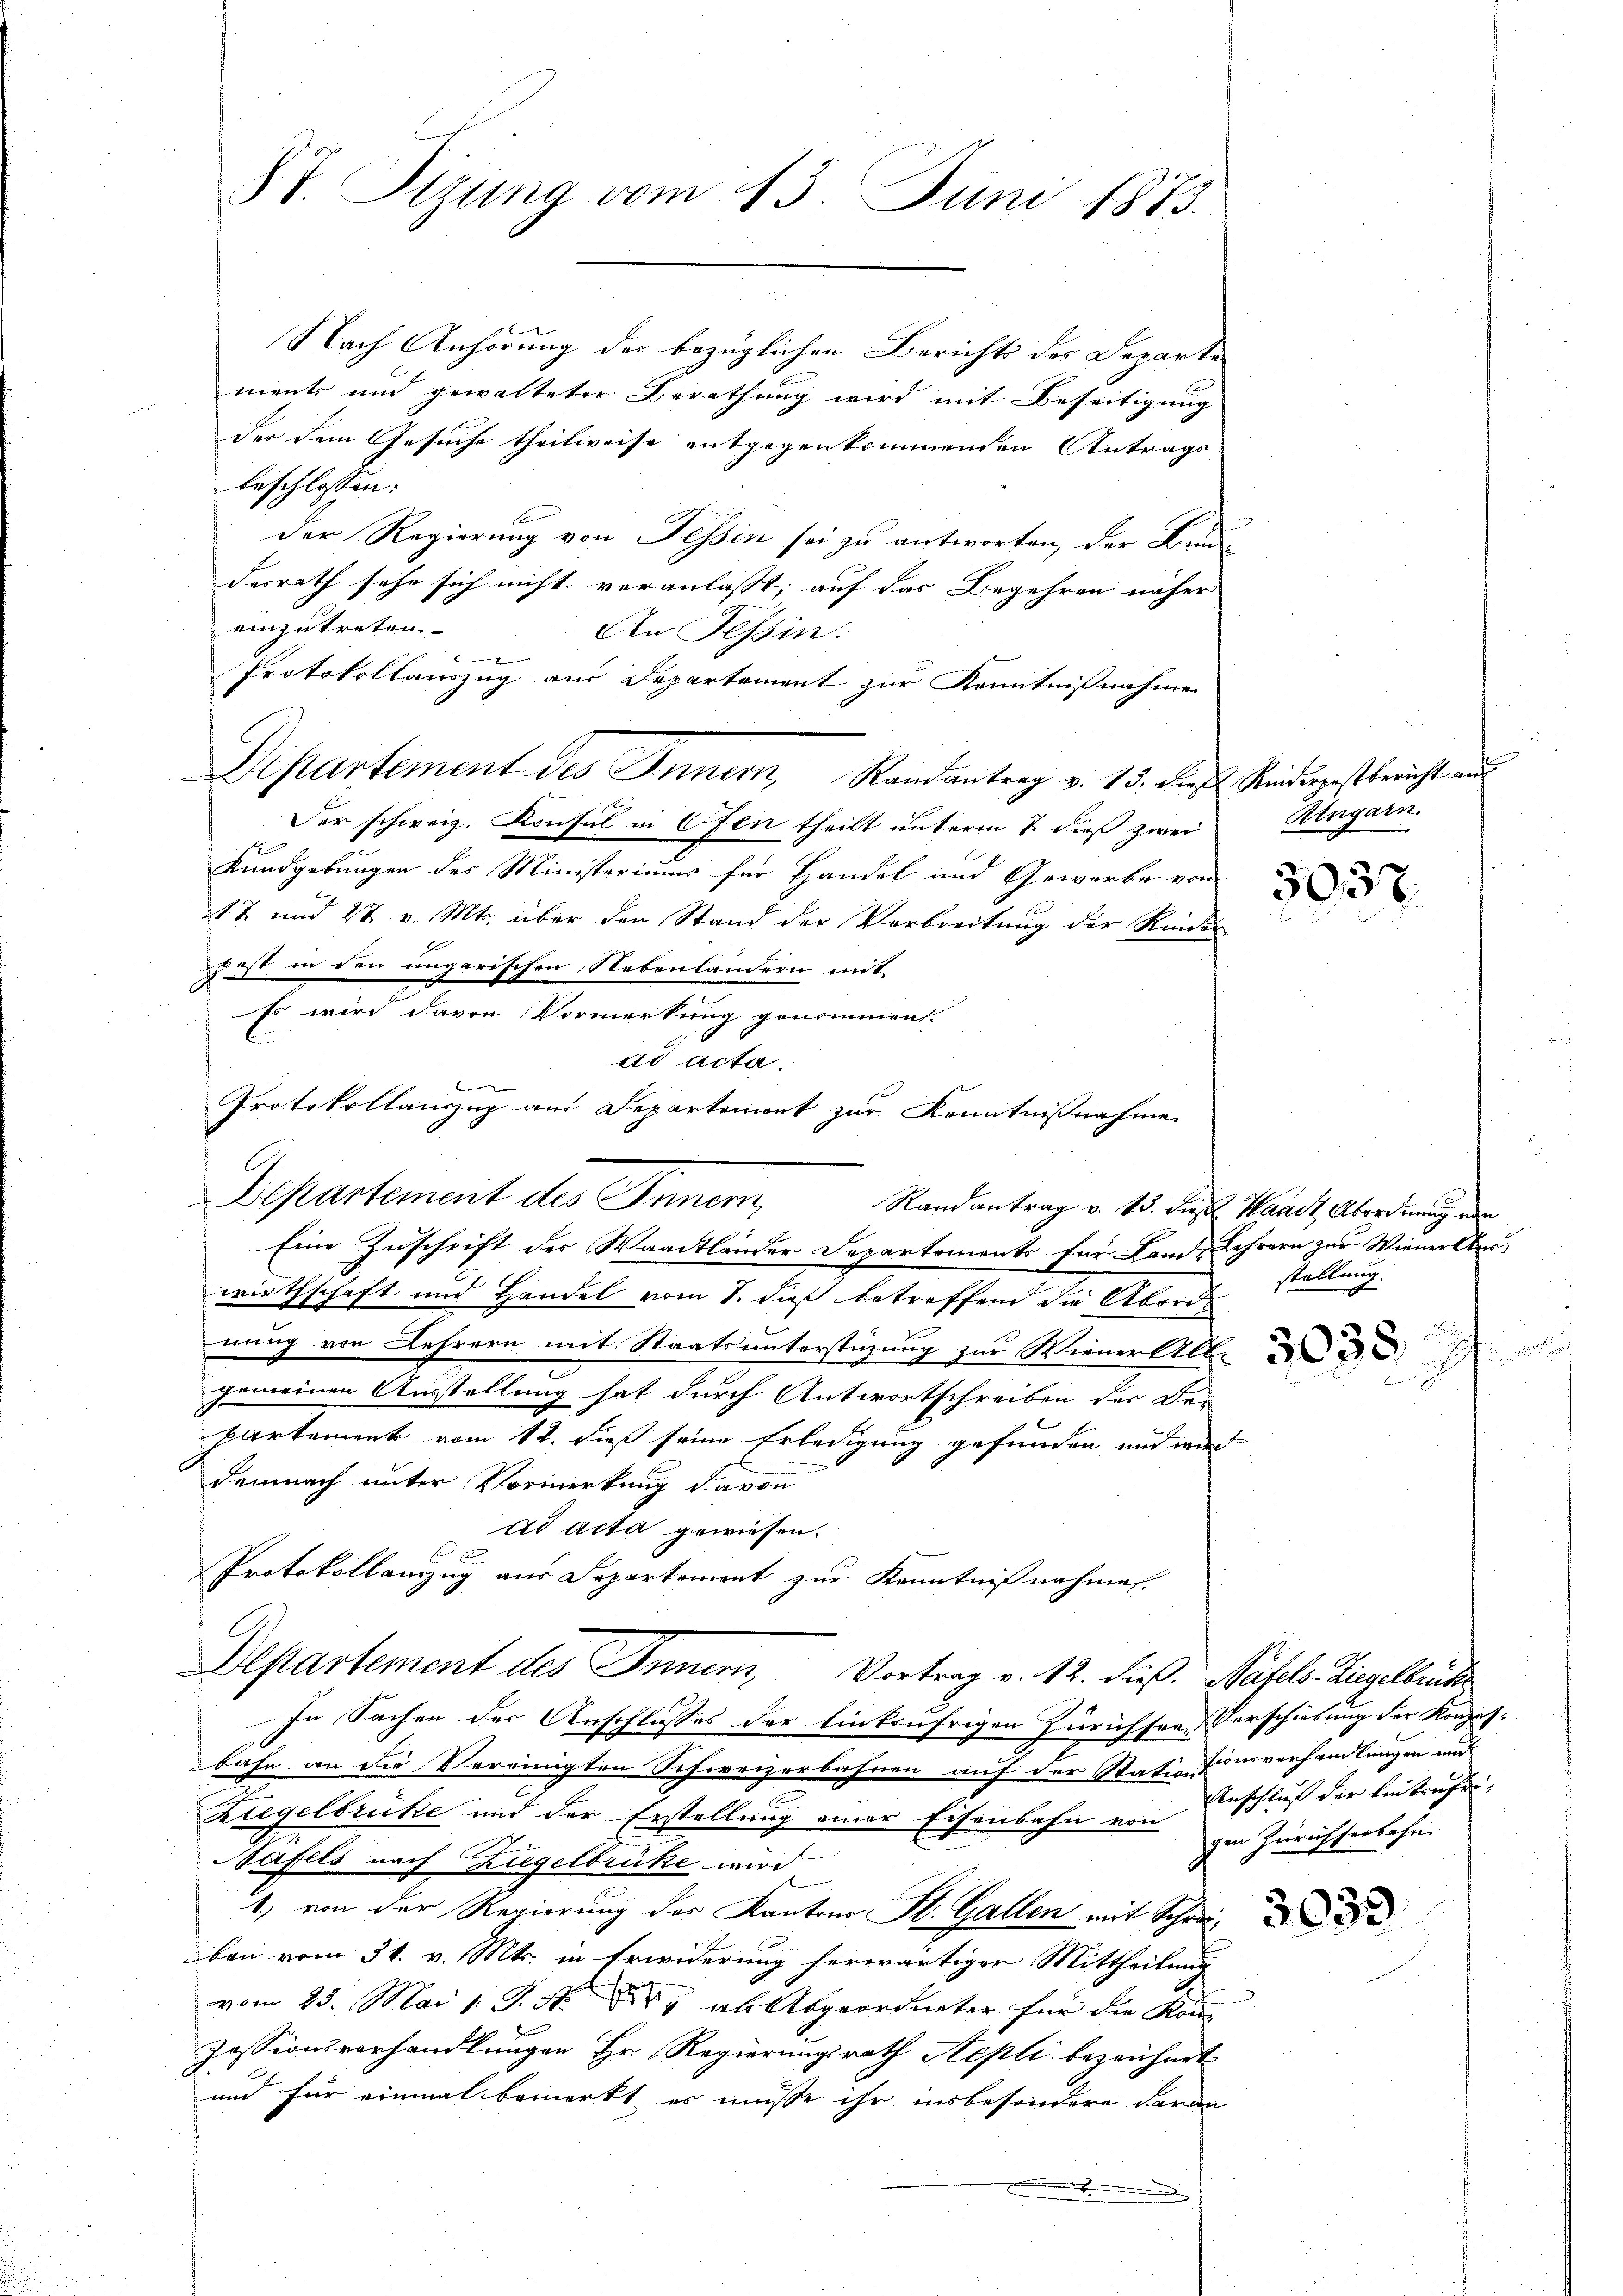
87. Sizung vom 13. Juni 1873.

Nach Anhörung der bezüglichen Berichts des Departe
ments und gewalteter Berathung wird mit Beseitigung
der dem Gesuche theilweise entgegenkommenden Antrags
beschlossen:
Der Regierung von Tessin sei zu antworten, der Bru
desrath sehe sich nicht veranlasst, auf das Begehren näher
einzutreten.
An Tessin.
e
Protokollauszug aus Departement zur Kenntnißnahme
Dipartement des Innern, Randantrag v. 13. dieß. Seiderpestbericht aus
Der schweiz. Konsul in Ofen theilt unterm 7. dieß zwei
Kundgebungen des Ministeriums für Handel und Gewerbe von
zt. 2 und 2t v. Mts. über den Stand der Verbreitung der Rinder
z ist in den ungarischen Nebenländern mit
Es wird davon Vormerkung genommen.
E
Bemer
Departement des Innern,
Randantrag v. 15. dies Waadt Abordnung ein
Eine Zuschrift der Waadtländer Departements für Land-Lehrern zur Wiener Auswirthschaft und Handel vom 8. dieß betreffend die Abords
nung von Lehrern mit Staatsunterstüzung zur Wiener Alb.
.
gemeinen Ausstellung hat durch Antwortschreiben der De-
Partement vom 12. dieß seine Erledigung gefunden und wird
demnach unter Vormerkung davon
ad acta gewiesen.
f x
Protokollamzug aus Departement zur Kenntnißnahmen.
Departement des Innern, Vortrag v. 12. dieß. Näfels- Liegelbrude
In Sachen der Anschlusses der linksufrigen Zürichser Verschiebung der Konzesbahn an die Vereinigten Schweizerbahnen auf der Stationsverhandlungen und
Ziegelbrücke und der Erstellung einer Eisenbahn von Einschluß der Eintrafri¬
Näfels nach Ziegelbrücke wird
1. von der Regierung des Kantons St. Gallen mit Schreiban vom 31. v. Mts. in Erwiderung herwärtiger Mittheilung
vom 23. Mai 1 S. N. 8, als Abgeordneter für die Kon-
Zessionsverhandlungen Hr. Regierungsrath Repli bezeichnet
und für einmal bemerkt, es müsse ihr insbesondere daran
.

ad acta.
Protokollanzug aus Departement zur Kenntnißnahme

Alngarn.

5057

stellung.
d

gen Zürichterbahn.

3033